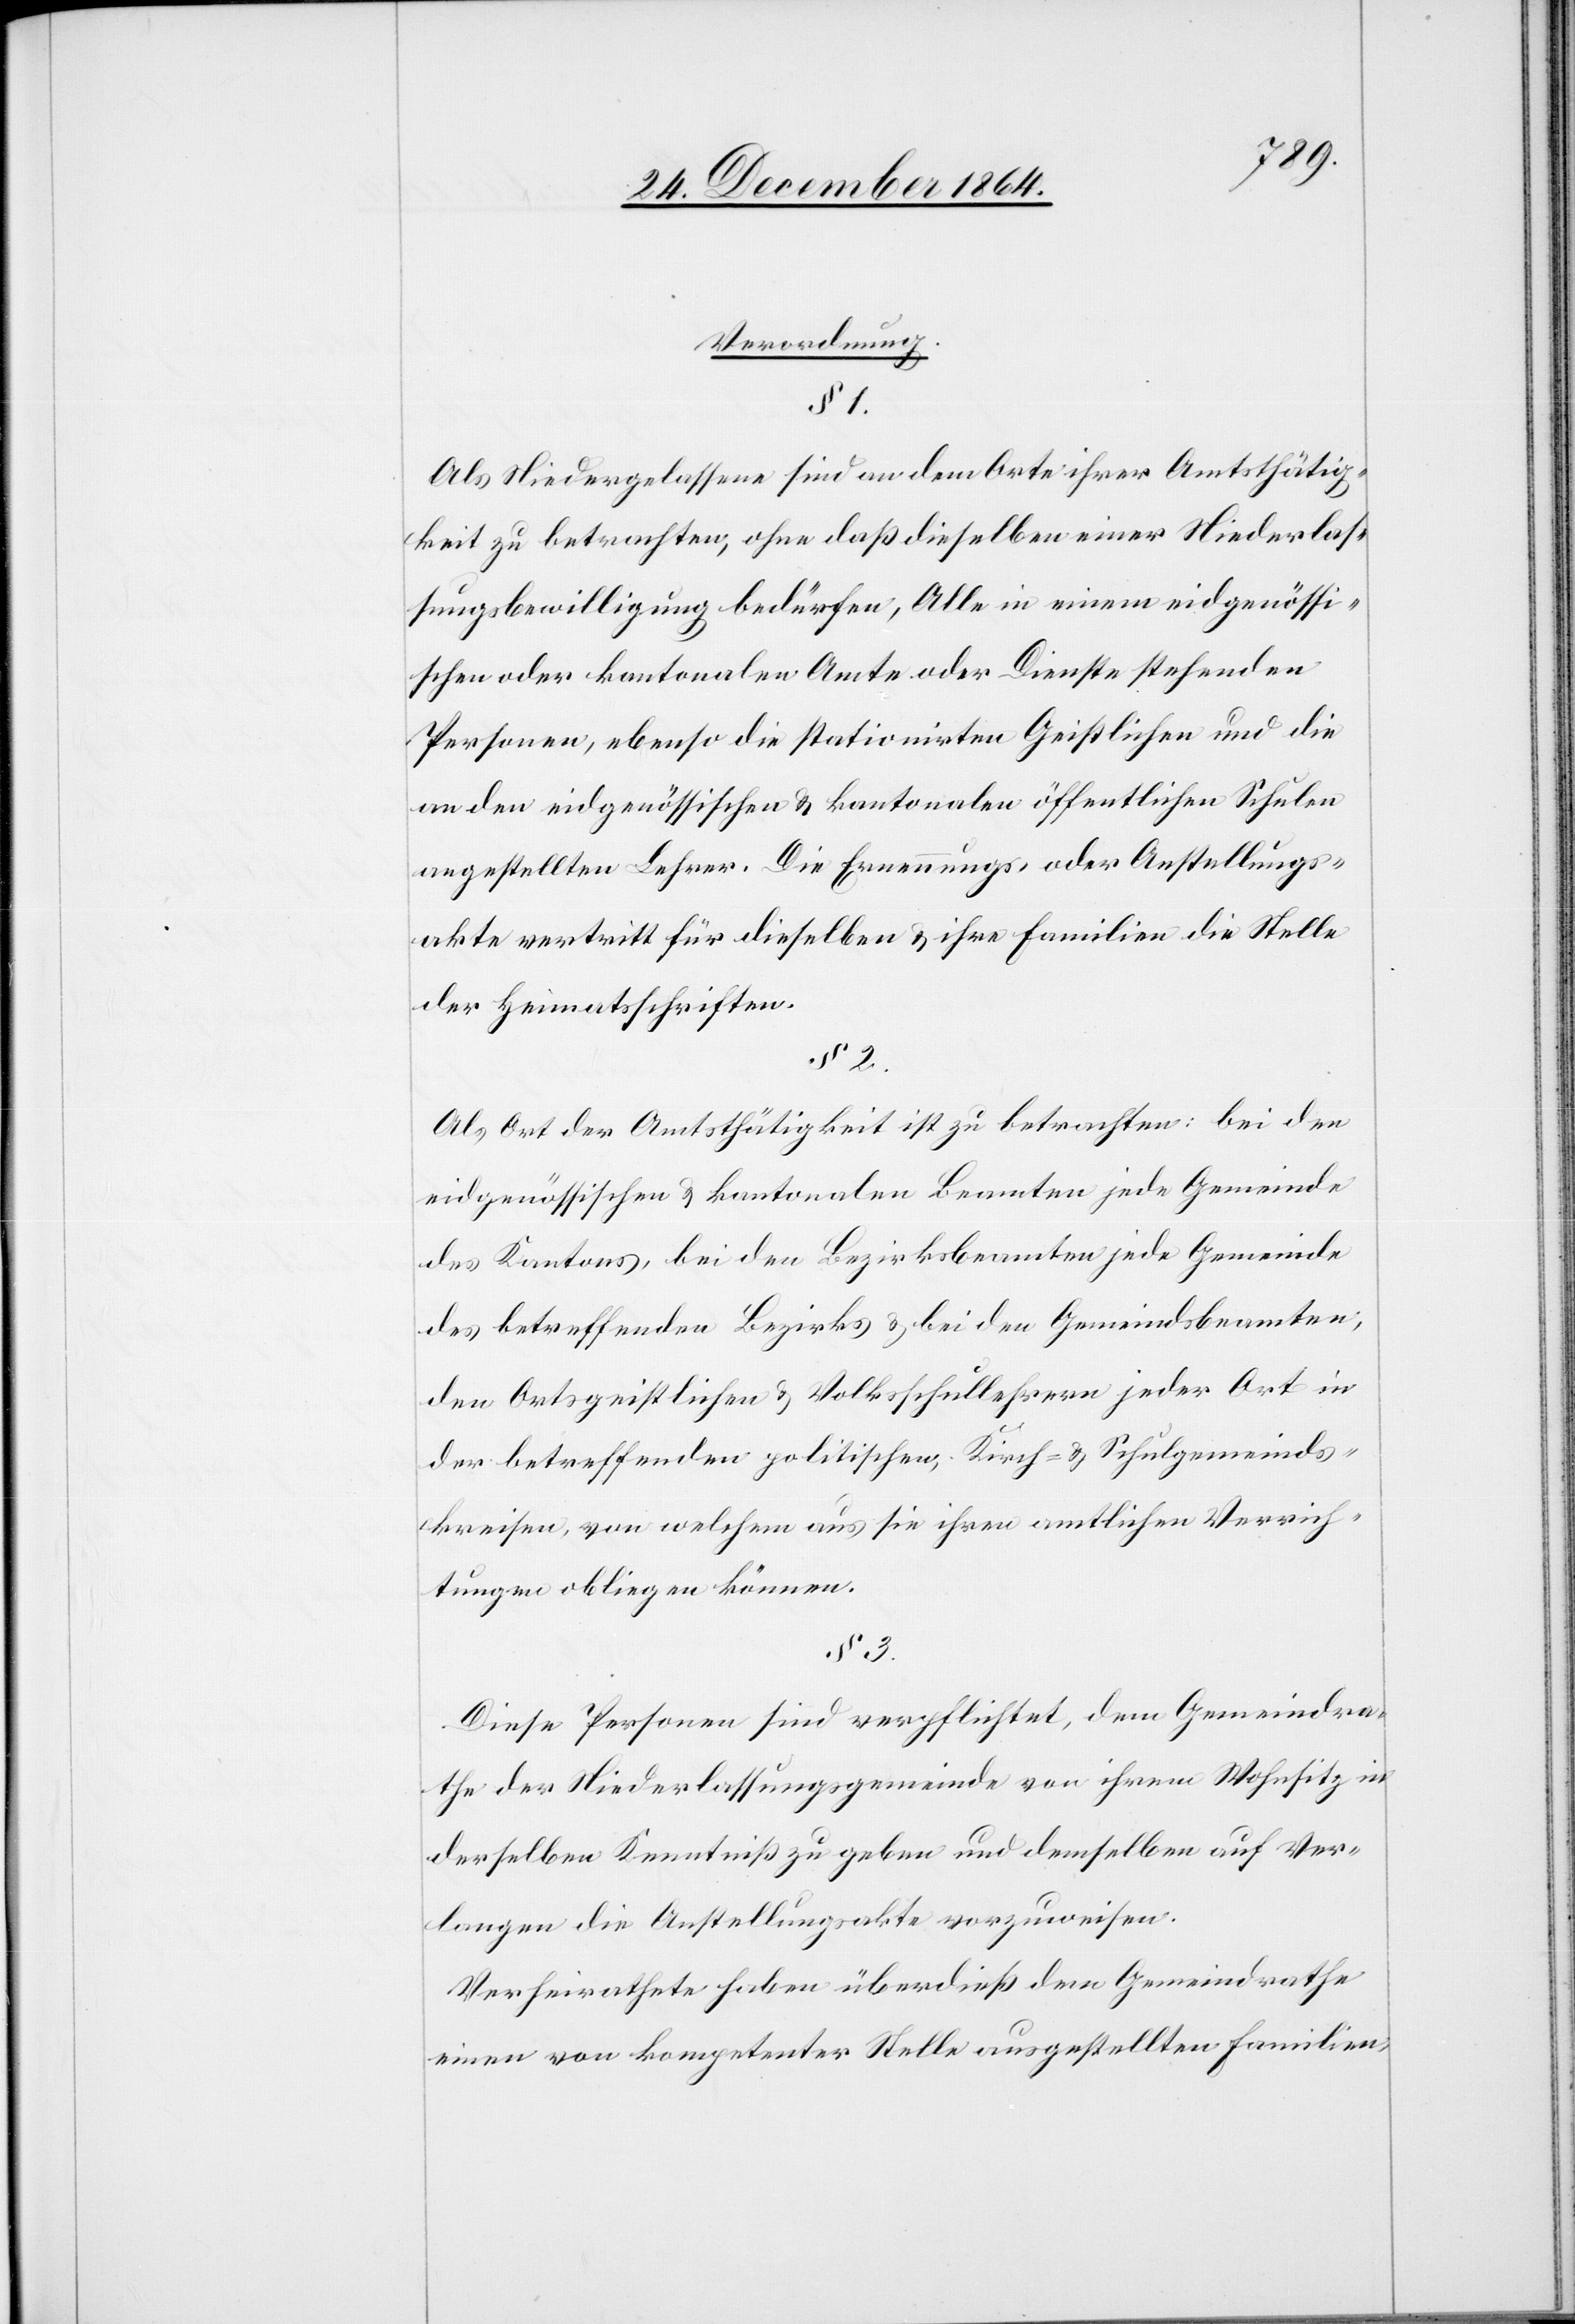
Verordnung.
§ 2.
Als Niedergelassene sind an dem Orte ihrer Amtsthätig¬
keit zu betrachten, ohne daß dieselben einer Niederlas¬
sungsbewilligung bedürfen, Alle in einem eidgenössi¬
schen oder kantonalen Amte oder Dienste stehenden
Personen, ebenso die stationirten Geistlichen und die
an den eidgenössischen & kantonalen öffentlichen Schulen
angestellten Lehrer. Die Ernennungs- oder Anstellungs¬
akte vertritt für dieselben & ihre Familien die Stelle
der Heimatsschriften.
Als Ort der Amtsthätigkeit ist zu betrachten: bei den
eidgenössischen & kantonalen Beamten jede Gemeinde
des Kantons, bei den Bezirksbeamten jede Gemeinde
des betreffenden Bezirks & bei den Gemeindsbeamten,
den Ortsgeistlichen & Volksschullehrern jeder Ort in
[sic!] betreffenden politischen, Kirch- & Schulgemeinds¬
kreisen, von welchem aus sie ihren amtlichen Verrich¬
tungen obliegen können.
§ 3.
Diese Personen sind verpflichtet, dem Gemeindra¬
the der Niederlassungsgemeinde von ihrem Wohnsitz in
derselben Kenntniß zu geben und demselben auf Ver¬
langen die Anstellungsakte vorzuweisen.
Verheirathete haben überdieß dem Gemeindrathe
einen von kompetenter Stelle ausgestellten Familien-